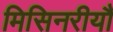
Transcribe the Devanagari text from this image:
मिसिनरीयौं